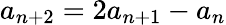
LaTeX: a_{n+2}=2a_{n+1}-a_{n}